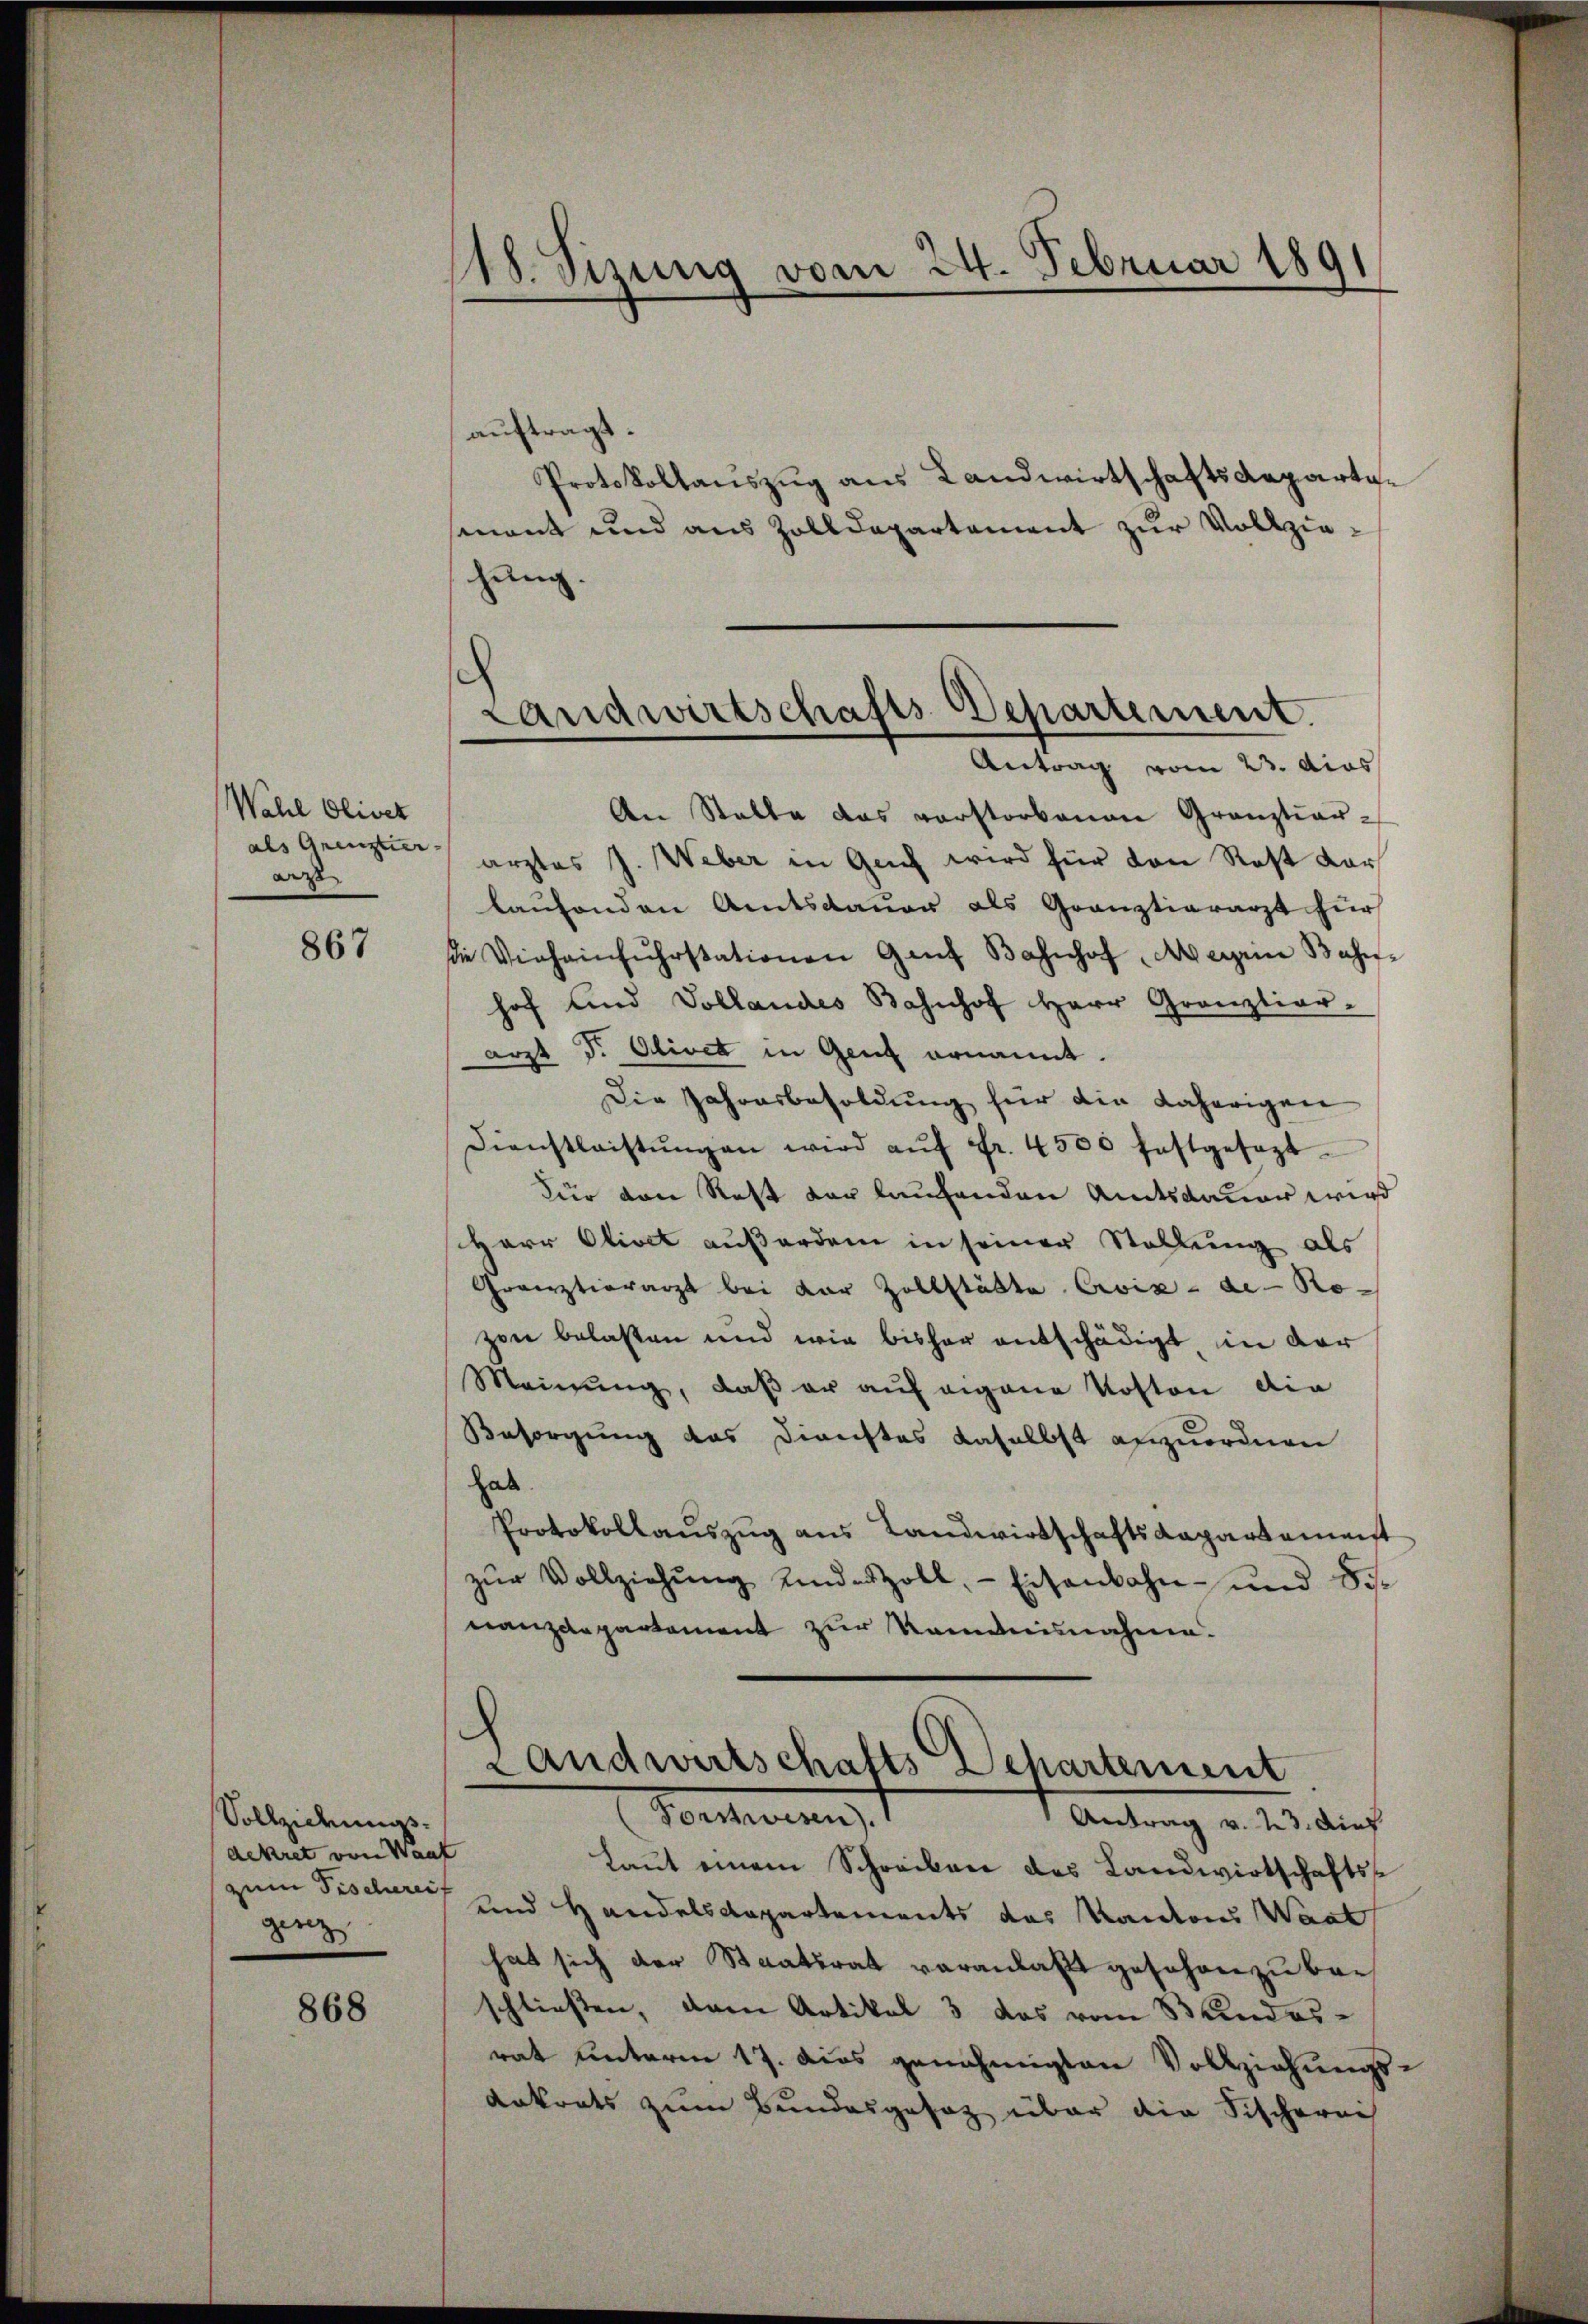
Wahl Oliver
als Grenztier
a

867

Sollziduigsdekret von Kant
zum Fischereif
gerz

868

auftragt.
Protokollauszug aus Landwirtschaftsaepartasenant und aus Zolldepartament zur Vollziehung.

18. Sisung vom 24. Februar 180
1

C
Landwirtschafts-Departement.
Antrag vom 23. Mias

An Stalle das verstorbenen Granztiar-
arztes J. Weber in Guch wird für von Rost darlaufenden Amtsdauer als Grauztierarzt für
die Viehainfŭhrstationen Gant Bahnhof Aegen Bahn-
hof und Vollandes Bahnhof Herr Grauztier-
arzt J. Olivet in Genf ernannt.
Die Jahresbesoldung für die daherigen
Dienstleistŭngen wird aŭf Fr. 4500 festgesezt
Für den Rest der laufenden Amtsdauer wird
Herr Olivet außerdem in seiner Stellung als
Gränztiorarzt bei der Zollstädte Civix-de- Ro-
zen belasten und wie bisher entschädigt in der
Meinung, daß er auf eigene Kosten die
Besorgung das Dienstes daselbst anzuordnen
hab.
Protokollauszug aus Landwirtschaftskapartemenst
zŭr Vollziehŭng Kinder Zoll, Eisenbahn- und 85.
nanzdepartement zur Romanisnahme.

Landwirtschafts Departement
Forstwesen.
Antrag v. 23. Auf

Laut einem Schreiben des Landwirtschafts¬
und Handelsdepartements das Kantons Waat
hat sich der Staatsrat veranlaßt geschon zu be-
schliessen, dem Artikel 3 das vom Bundes-
rat unterm 17. dies genehmigten Vollziehungs-
Kakrats zum Bundesgesetz über die Fischerei